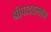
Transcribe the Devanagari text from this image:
श्रीपादवल्लभ